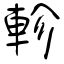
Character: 軫